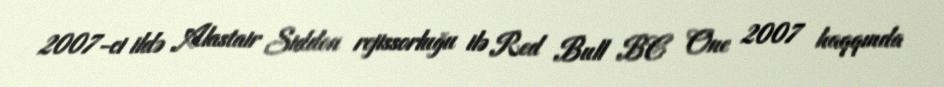
2007-ci ildə Alastair Siddon rejissorluğu ilə Red Bull BC One 2007 haqqında